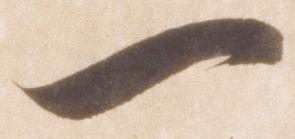
一